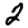
Digit: 2